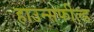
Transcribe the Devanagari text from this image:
हाउन्सफील्ड